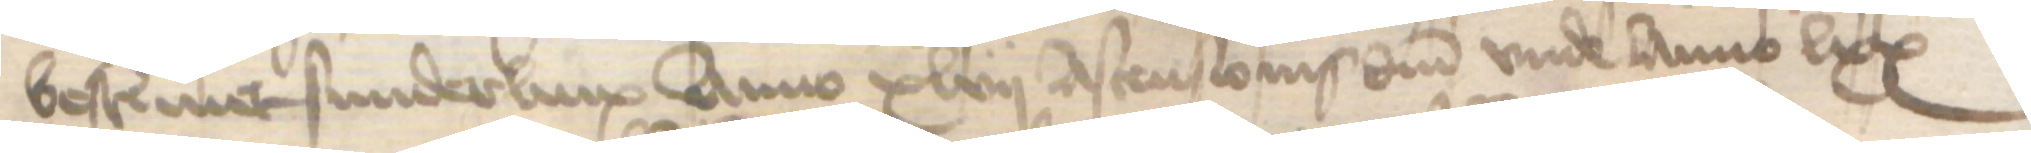
bestemmet sunderlinx Anno xlvii Ascensionis domini vnde Anno lxx